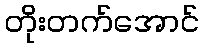
တိုးတက်အောင်